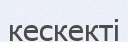
кескекті